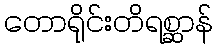
တောရိုင်းတိရစ္ဆာန်